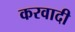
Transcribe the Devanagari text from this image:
करवादी